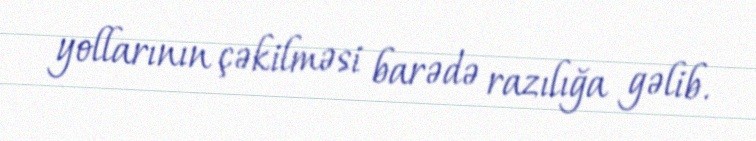
yollarının çəkilməsi barədə razılığa gəlib.